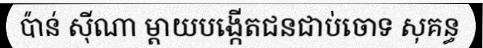
ប៉ាន់ ស៊ីណា ម្តាយបង្កើតជនជាប់ចោទ សុគន្ធ